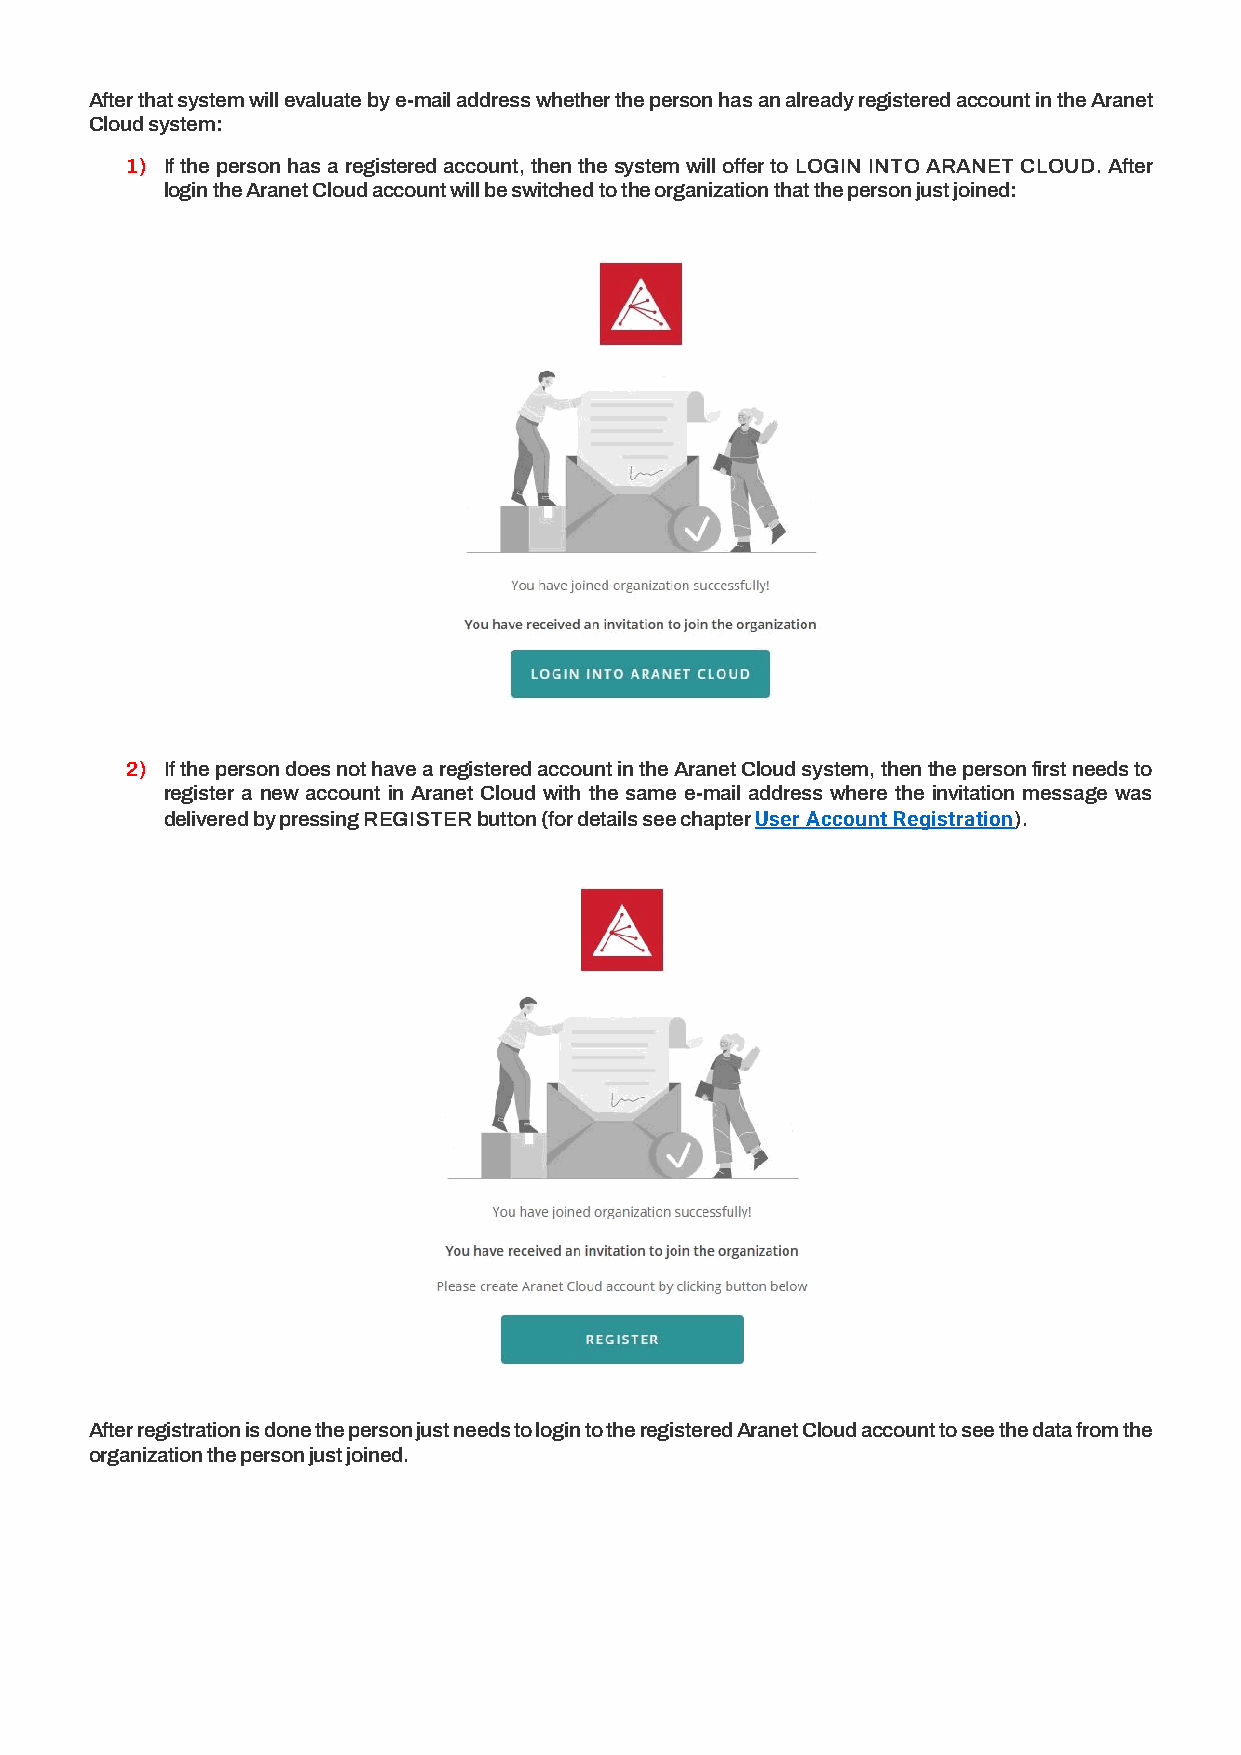
After that system will evaluate by e-mail address whether the person has an already registered account in the Aranet
 Cloud system:
 1) If the person has a registered account, then the system will offer to LOGIN INTO ARANET CLOUD. After
 login the Aranet Cloud account will be switched to the organization that the person just joined:
 2) If the person does not have a registered account in the Aranet Cloud system, then the person first needs to
 register a new account in Aranet Cloud with the same e-mail address where the invitation message was
 delivered by pressing REGISTER button (for details see chapter User Account Registration).
 After registration is done the person just needs to login to the registered Aranet Cloud account to see the data from the
 organization the person just joined.